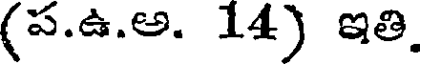
(ప.ఉ.అ. 14) ఇతి.